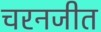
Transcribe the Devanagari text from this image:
चरनजीत